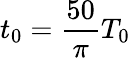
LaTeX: t_{0}=\frac{50}{\pi}T_{0}